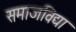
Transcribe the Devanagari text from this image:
समाजविद्या